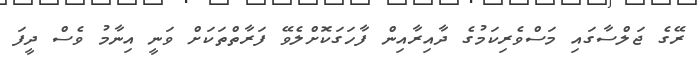
ރޭގެ ޖަލްސާގައި މަސްވެރިކަމުގެ ދާއިރާއިން ފާހަގަކޮށްލެވޭ ފަރާތްތަކަށް ވަނީ އިނާމު ވެސް ދީފަ